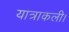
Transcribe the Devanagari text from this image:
यात्राकली।